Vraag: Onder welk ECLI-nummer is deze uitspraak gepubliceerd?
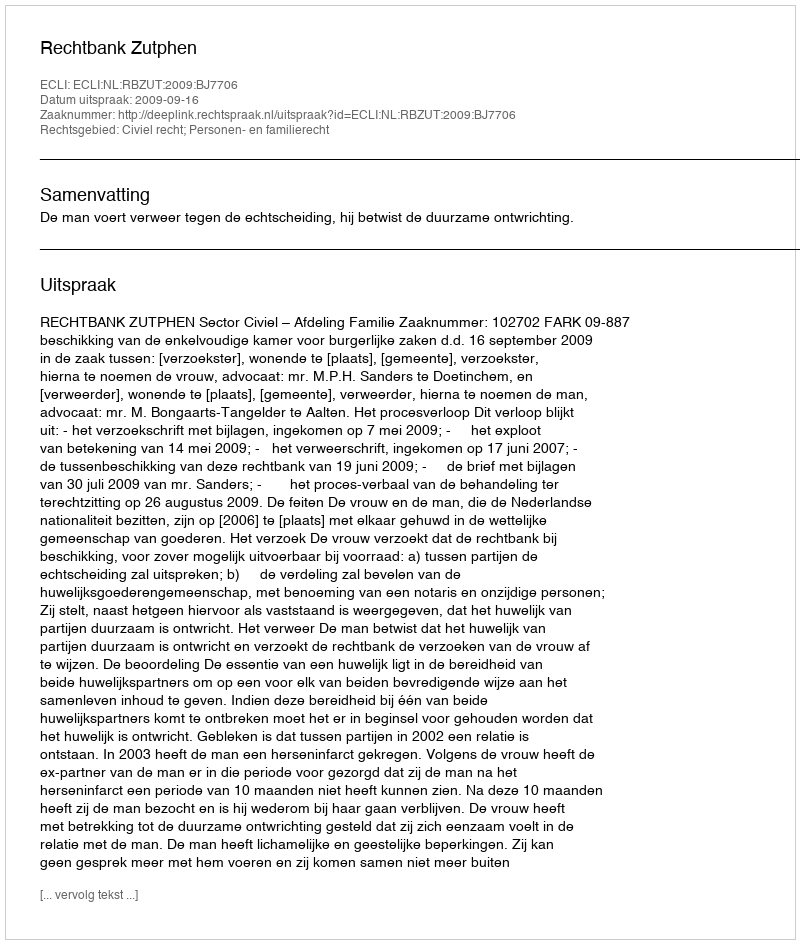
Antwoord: ECLI:NL:RBZUT:2009:BJ7706